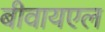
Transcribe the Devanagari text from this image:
बीवायएल